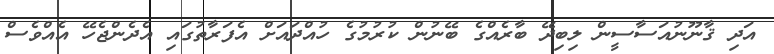
އަދި ޤާނޫނުއަސާސީން ލިބިދޭ ބާރެއްގެ ބޭނުން ކުރުމުގެ ހުއްދައަށް އެފަރާތުގައި އެދެންޖެހޭ އެއްވެސް